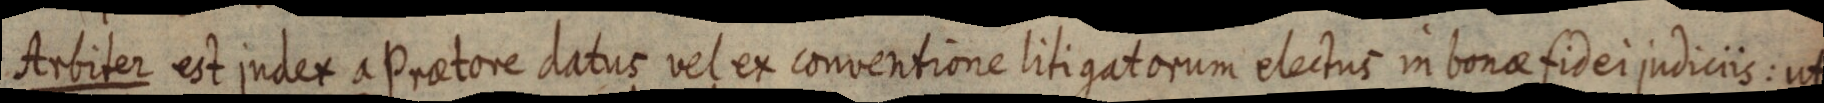
Arbiter est judex a Praetore datus vel ex conventione litigatorum electus in bonae fidei judiciis: ut